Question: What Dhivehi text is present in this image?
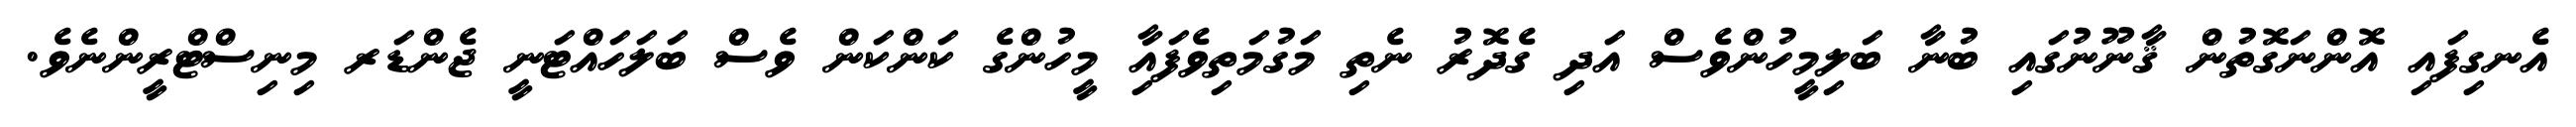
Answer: އެނގިފައި އޮންނަގޮތުން ޤާނޫނުގައި ބުނާ ބަލިމީހުންވެސް އަދި ގެދޮރު ނެތި މަގުމަތިވެފައިާ މީހުންގެ ކަންކަން ވެސް ބަލަހައްޓަނީ ޖެންޑަރ މިނިސްޓްރީންނެވެ.